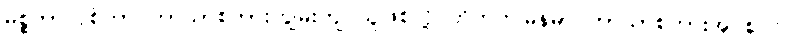
မစ္စတာလုစ်ဟာ ဘာသာစကားကျွမ်းကျင်သူဖြစ်လို့ တိဘက်မြန်မာ ဘာသာစကားအုပ်စုဝင်